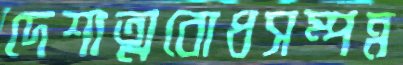
দেশাত্মবোধসম্পন্ন